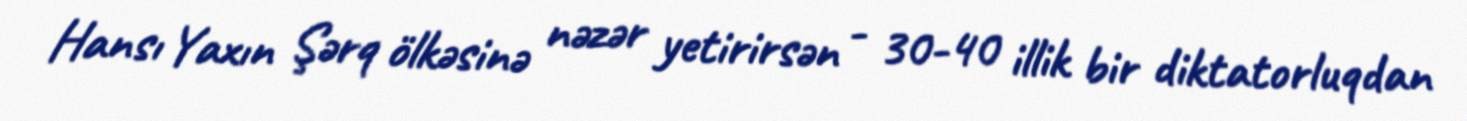
Hansı Yaxın Şərq ölkəsinə nəzər yetirirsən - 30-40 illik bir diktatorluqdan